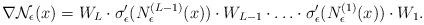
LaTeX: \begin{align*}\nabla \mathcal{N}_{\epsilon}(x)=W_{L} \cdot \sigma_{\epsilon}'( N_{\epsilon}^{(L-1)}(x)) \cdot W_{L-1} \cdot \ldots \cdot \sigma_{\epsilon}'(N_{\epsilon}^{(1)}(x))\cdot W_{1}.\end{align*}